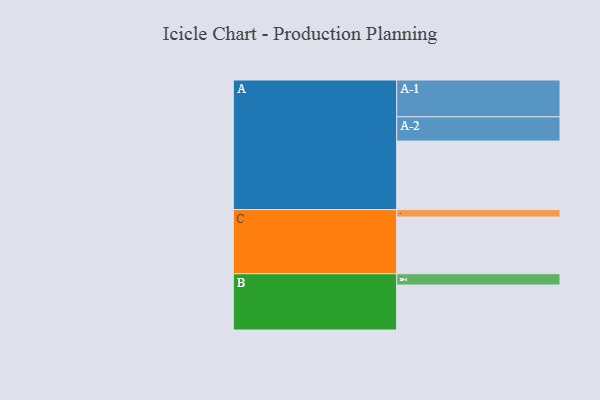
{"axis": {"x": "Segment", "y": "Value"}, "legend": ["", "A", "B", "C"], "data": [{"x": "A", "y": 556, "type": ""}, {"x": "B", "y": 365, "type": ""}, {"x": "C", "y": 460, "type": ""}, {"x": "A-1", "y": 299, "type": "A"}, {"x": "A-2", "y": 197, "type": "A"}, {"x": "B-1", "y": 92, "type": "B"}, {"x": "C-1", "y": 61, "type": "C"}]}